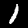
Label: 1